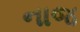
નાજ